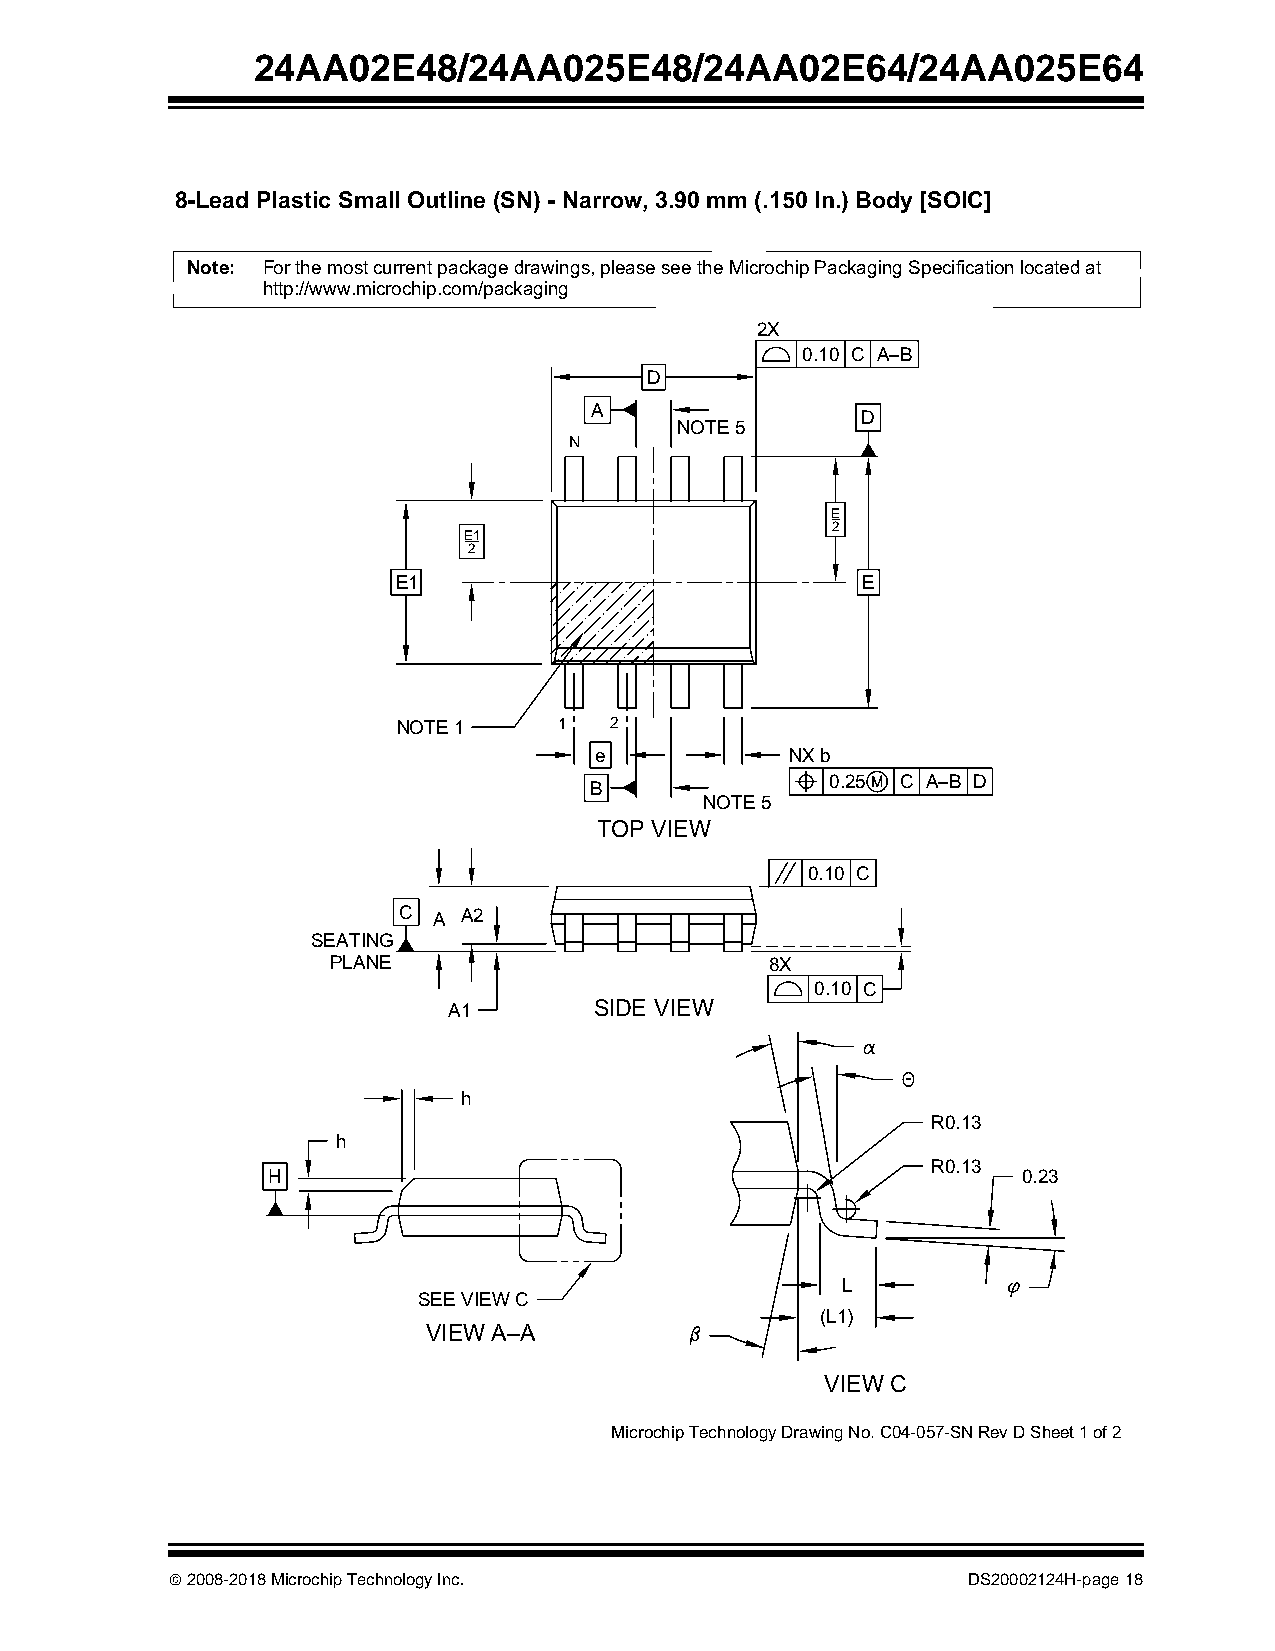
24AA02E48/24AA025E48/24AA02E64/24AA025E64
 8-Lead Plastic Small Outline (SN) - Narrow, 3.90 mm (.150 In.) Body [SOIC]
 Note: For the most current package drawings, please see the Microchip Packaging Specification located at
 http://www.microchip.com/packaging
 2X
 0.10 C A–B
 D
 A
 D
 NOTE 5
 N
 E
 2
 E1
 2
 E1                             E
 NOTE 1     1  2
 e            NX b
 B               0.25 C A–B D
 NOTE 5
 TOP VIEW
 0.10 C
 C  A A2
 SEATING
 PLANE                        8X
 0.10 C
 A1       SIDE VIEW
 h
 R0.13
 h
 R0.13
 H                                                 0.23
 L
 SEE VIEW C
 (L1)
 VIEW A–A
 VIEW C
 Microchip Technology Drawing No. C04-057-SN Rev D Sheet 1 of 2
  2008-2018 Microchip Technology Inc.                DS20002124H-page 18